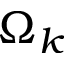
\Omega _ { k }